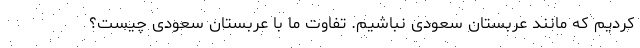
کردیم که مانند عربستان سعودی نباشیم. تفاوت ما با عربستان سعودی چیست؟